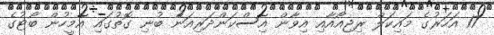
17 އަހަރުގެ މައިކަލް ރިޖިއޯއާއި އިވާން އިސްކަންދަރިއަން ބުނި ގޮތުގައި އެމީހުން ބޯޓުގެ